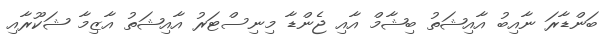
ބަންޑާރަ ނާއިބު އާއިޝަތު ބިޝާމް އާއި ޖެންޑާ މިނިސްޓަރު އާއިޝަތު އާޒިމާ ޝަކޫރާއި